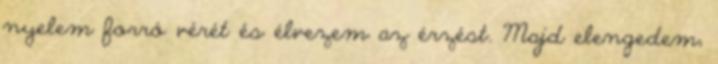
nyelem forró vérét és élvezem az érzést. Majd elengedem,